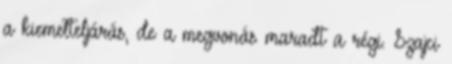
a kiemelteljárás, de a megvonás maradt a régi. Szajci